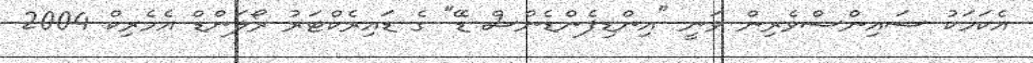
އެކަމަކު ސައިންސްވެރިން ވަނީ "އިންޑިޕެންޑެންސް ޑޭ" ގެ ޑައިރެކްޓަރު ރޯލަންޑް އެމެރިކް 2004